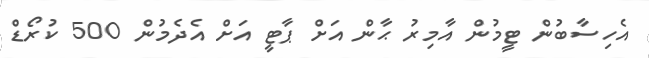
އެހިސާބުން ޓީމުން އާމިރު ޙާން އަށް ޕާޓީ އަށް އެދެމުން 500 ކުރޯޑް